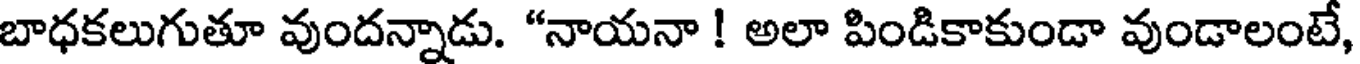
బాధకలుగుతూ వుందన్నాడు. "నాయనా ! అలా పిండికాకుండా వుండాలంటే,